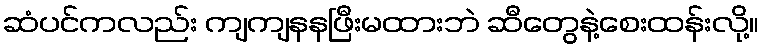
ဆံပင်ကလည်း ကျကျနနဖြီးမထားဘဲ ဆီတွေနဲ့စေးထန်းလို့။